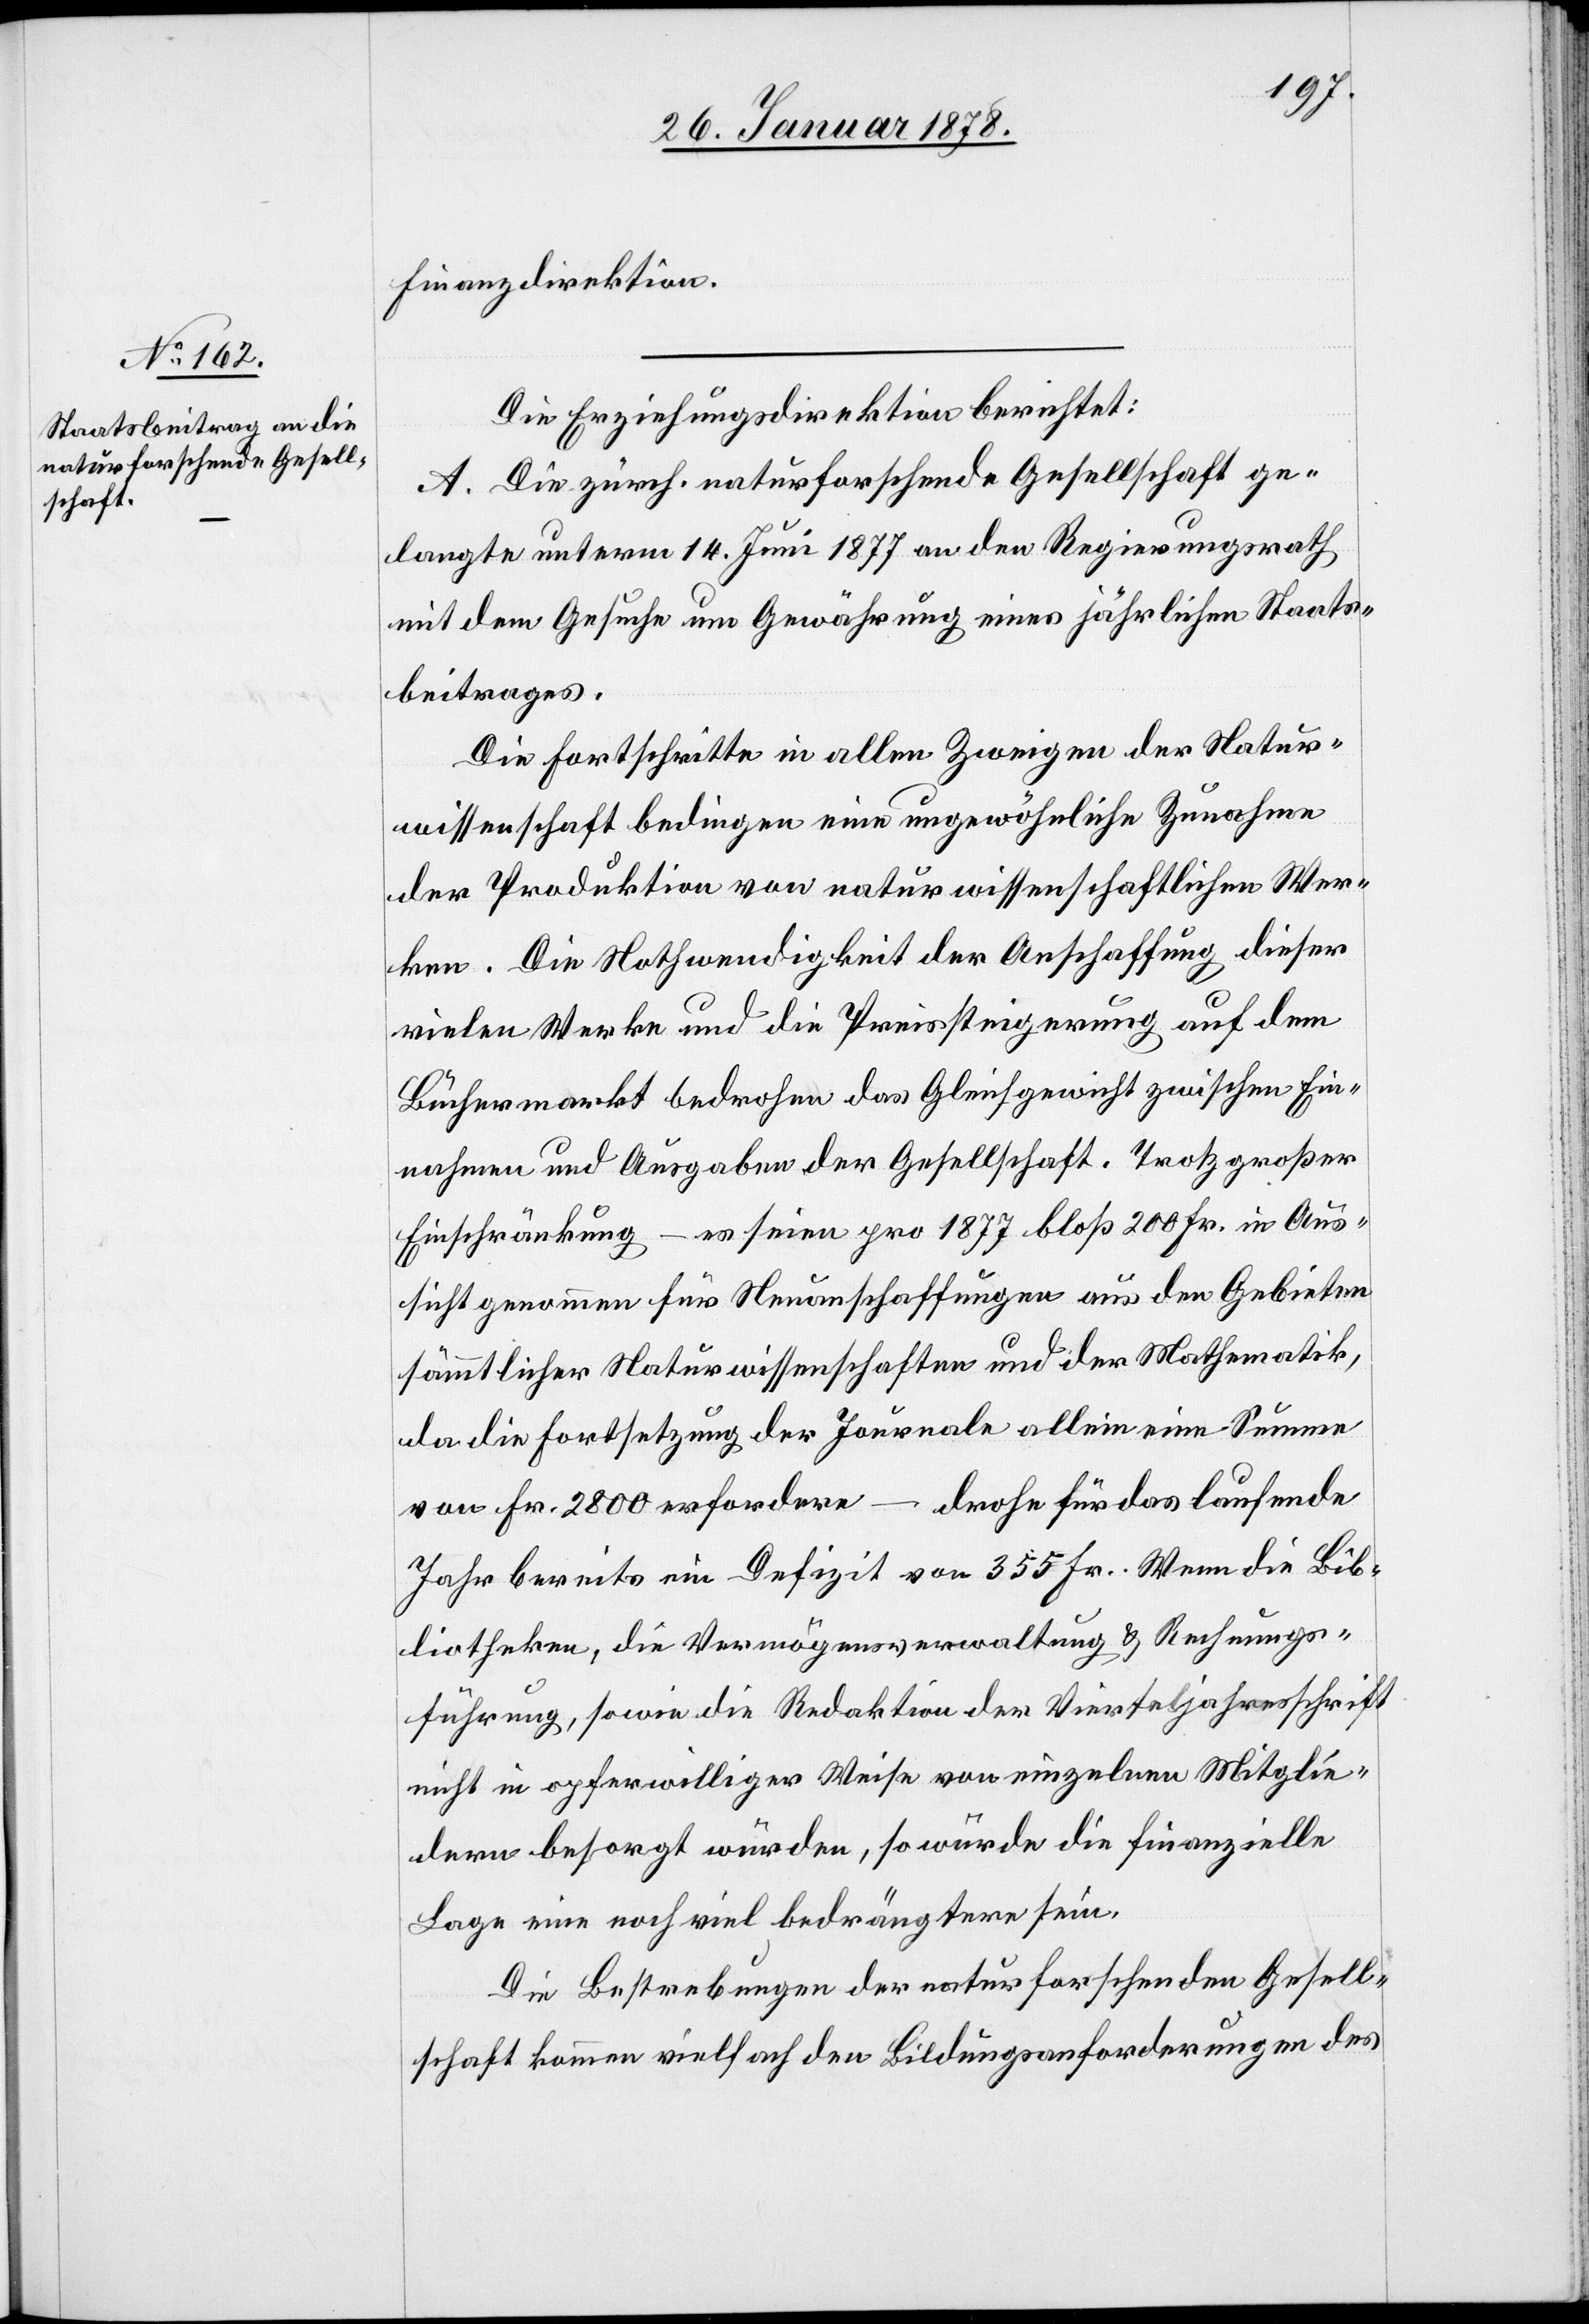
Finanzdirektion.
Die Erziehungsdirektion berichtet:
A. Die zürch. naturforschende Gesellschaft ge¬
langte unterm 14. Juni 1877 an den Regierungsrath
mit dem Gesuche um Gewährung eines jährlichen Staats¬
beitrages.
Die Fortschritte in allen Zweigen der Natur¬
wissenschaft bedingen eine ungewöhnliche Zunahme
der Produktion von naturwissenschaftlichen Wer¬
ken. Die Nothwendigkeit der Anschaffung dieser
vielen Werke und die Preissteigerung auf dem
Büchermarkt bedrohen das Gleichgewicht zwischen Ein¬
nahmen und Ausgaben der Gesellschaft. Trotz großer
Einschränkung – es seien pro 1877 bloß 200 Fr. in Aus¬
sicht genommen für Neuanschaffungen aus den Gebieten
sämmtlicher Naturwissenschaften und der Mathematik,
da die Fortsetzung der Journale allein eine Summe
von Fr. 2800 erfordere – drohe für das laufende
Jahr bereits ein Defizit von 355 Fr. Wenn die Bib¬
liotheken, die Vermögensverwaltung & Rechnungs¬
führung, sowie die Redaktion der Vierteljahresschrift
nicht in opferwilliger Weise von einzelnen Mitglie¬
dern besorgt würden, so würde die finanzielle
Lage eine noch viel bedrängtere sein.
Die Bestrebungen der naturforschenden Gesell¬
schaft kommen vielfach den Bildungsanforderungen des